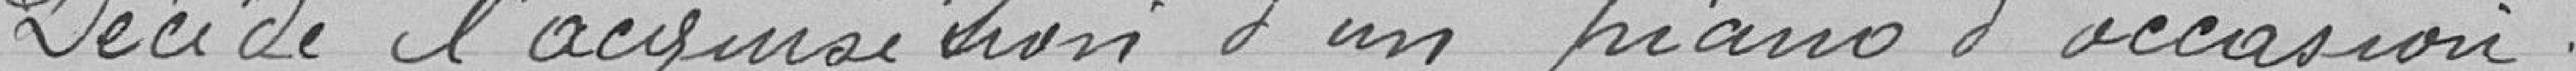
Décide l'acquisition d'un piano d'occasion